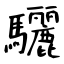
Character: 驪